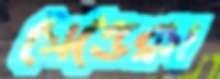
সেন্ডেরস